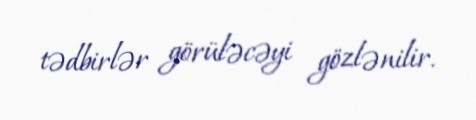
tədbirlər görüləcəyi gözlənilir.